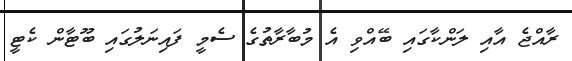
ރާއްޖެ އާއި ލަންކާގައި ބޭއްވި އެ މުބާރާތުގެ ސެމީ ފައިނަލުގައި ބޫޓާން ކެޓީ